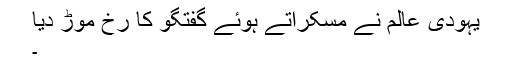
یہودی عالم نے مسکراتے ہوئے گفتگو کا رخ موڑ دیا
۔